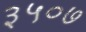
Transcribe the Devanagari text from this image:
३५०७